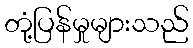
တုံ့ပြန်မှုများသည်